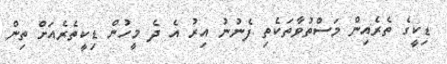
ޑިކީގެ ތެރެއިން މަސްތުވާތަކެތި ފެނުނު އިރު އެ ދެ މީހުން ޑިކީތެރެއަށް ތިން